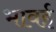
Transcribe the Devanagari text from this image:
भावई